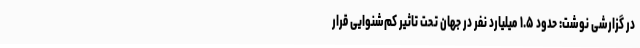
در گزارشی نوشت: حدود ۱.۵ میلیارد نفر در جهان تحت تاثیر کم‌شنوایی قرار